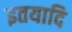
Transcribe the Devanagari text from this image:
इतयादि